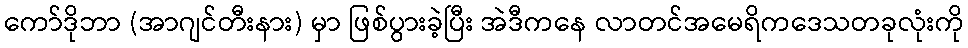
ကော်ဒိုဘာ (အာဂျင်တီးနား) မှာ ဖြစ်ပွားခဲ့ပြီး အဲဒီကနေ လာတင်အမေရိကဒေသတခုလုံးကို